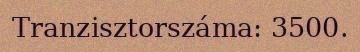
Tranzisztorszáma: 3500.